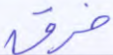
خرق